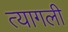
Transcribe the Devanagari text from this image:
त्यागली